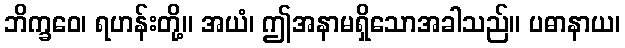
ဘိက္ခဝေ၊ ရဟန်းတို့။ အယံ၊ ဤအနာမရှိသောအခါသည်။ ပဓာနာယ၊